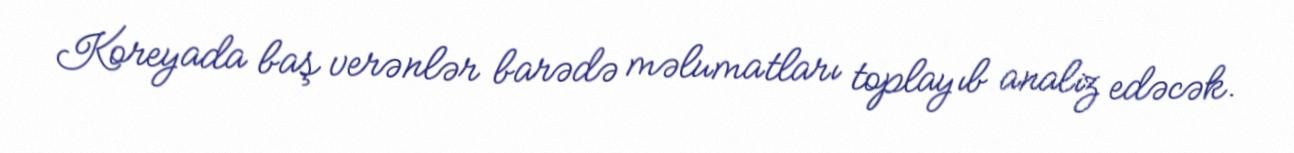
Koreyada baş verənlər barədə məlumatları toplayıb analiz edəcək.